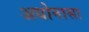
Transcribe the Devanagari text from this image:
अधोनासा